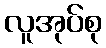
လူအုပ်စု